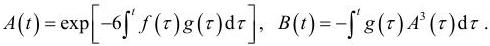
\[
A(t)=\exp\left[-6\int_{0}^{t} f(\tau)g(\tau)\mathrm{d}\tau\right],\ B(t)=-\int_{0}^{t} g(\tau)A^{3}(\tau)\mathrm{d}\tau.
\]